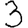
Digit: 3